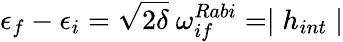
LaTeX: \epsilon_{f}-\epsilon_{i}=\sqrt{2\delta}\ \omega_{if}^{Rabi}=\mid h_{int}\mid